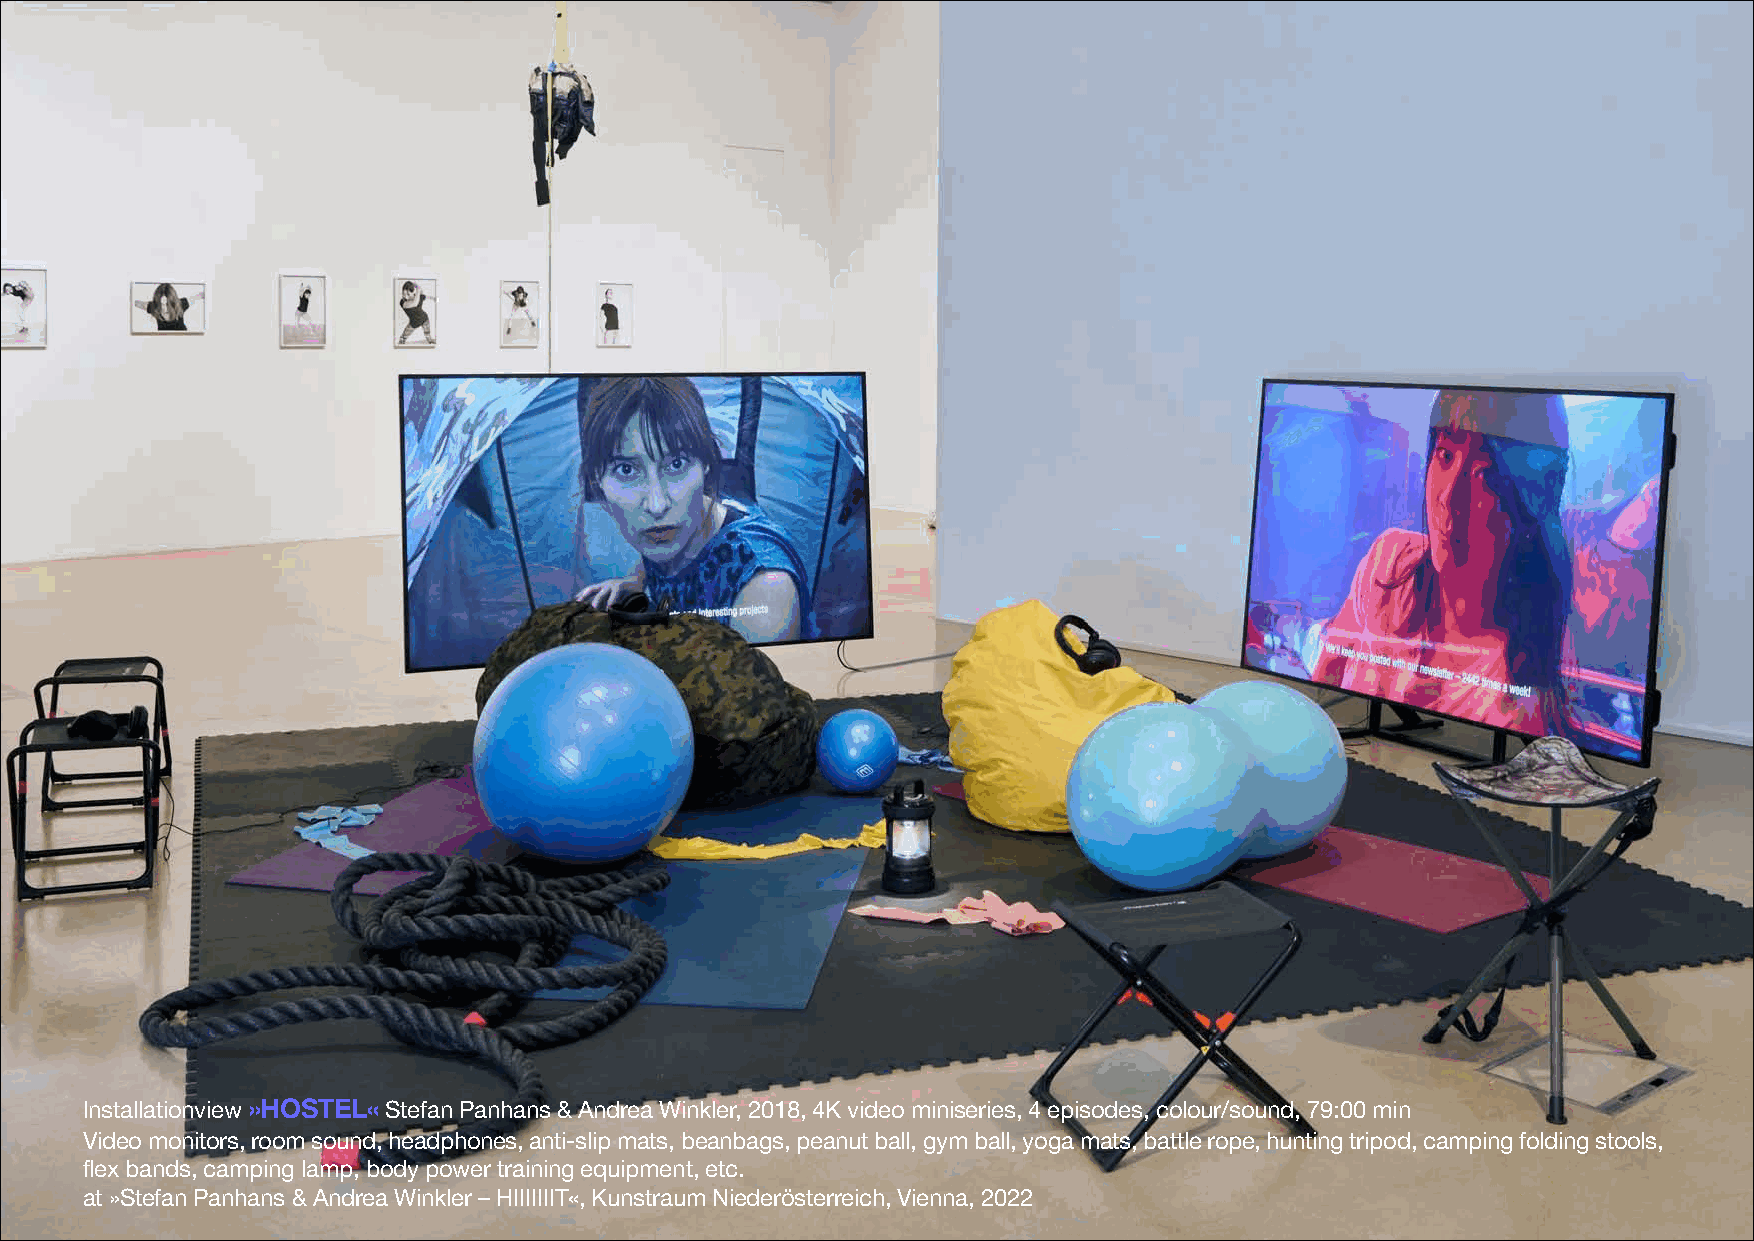
Installationview »HOSTEL«Stefan Panhans & Andrea Winkler, 2018, 4K video miniseries, 4 episodes, colour/sound, 79:00 min
 Video monitors, room sound, headphones, anti-slip mats, beanbags, peanut ball, gym ball, yoga mats, battle rope, hunting tripod, camping folding stools,
 flex bands, camping lamp, body power training equipment, etc.
 at »Stefan Panhans & Andrea Winkler –HIIIIIIIT«, Kunstraum Niederösterreich, Vienna, 2022